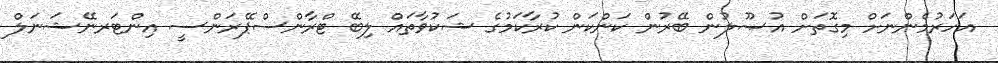
އަހަރުމެންނަށް މިގޮތަށް އުޞޫލުން ބޭރުން ކަންކަން ކުރާކަމުގެ ޝަކުވާތައް ލިބޭ ޓްރާންސްޕޭރަންސީ އިންޓަރނޭޝަނަލް